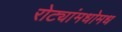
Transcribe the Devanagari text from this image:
रोट्यांमधोमध